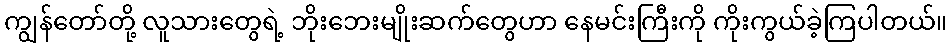
ကျွန်တော်တို့ လူသားတွေရဲ့ ဘိုးဘေးမျိုးဆက်တွေဟာ နေမင်းကြီးကို ကိုးကွယ်ခဲ့ကြပါတယ်။